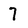
Character: 7